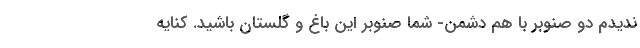
ندیدم دو صنوبر با هم دشمن- شما صنوبر این باغ و گلستان باشید. کنایه